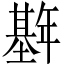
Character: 𫮱